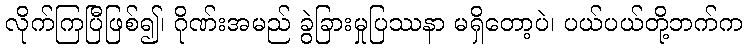
လိုက်ကြပြီဖြစ်၍၊ ဂိုဏ်းအမည် ခွဲခြားမှုပြဿနာ မရှိတော့ပဲ၊ ပယ်ပယ်တို့ဘက်က